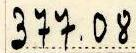
377.08